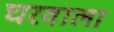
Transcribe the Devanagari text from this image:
घरवाला